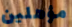
مؤهلين